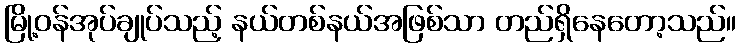
မြို့ဝန်အုပ်ချုပ်သည့် နယ်တစ်နယ်အဖြစ်သာ တည်ရှိနေတော့သည်။